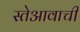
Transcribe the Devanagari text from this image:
स्तेआवाची